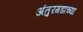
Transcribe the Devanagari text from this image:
अंतुरगडाच्या